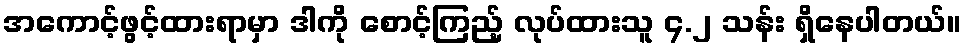
အကောင့်ဖွင့်ထားရာမှာ ဒါကို စောင့်ကြည့် လုပ်ထားသူ ၄.၂ သန်း ရှိနေပါတယ်။